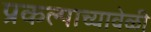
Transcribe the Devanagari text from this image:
प्रकल्पाच्यावेळी